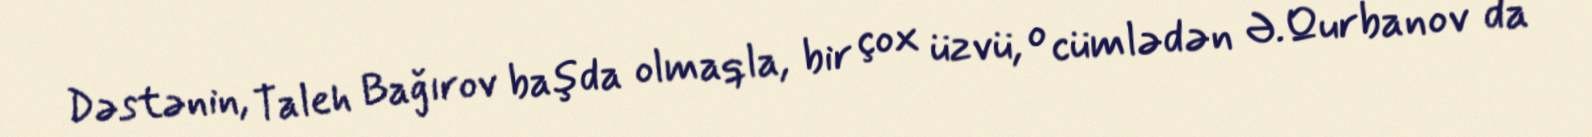
Dəstənin, Taleh Bağırov başda olmaqla, bir çox üzvü, o cümlədən Ə.Qurbanov da